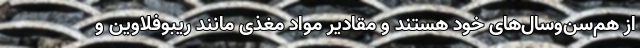
از هم‌سن‌وسال‌های خود هستند و مقادیر مواد مغذی مانند ریبوفلاوین و